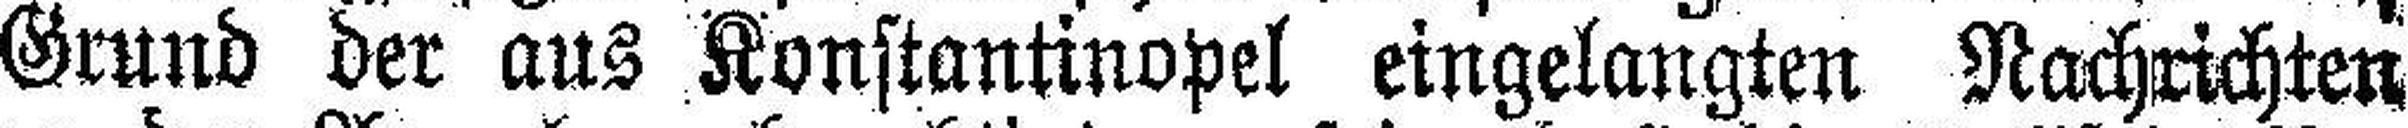
Grund der aus Konstantinopel eingelangten Nachrichten